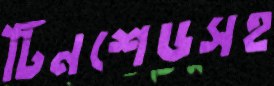
টিনশেডসহ